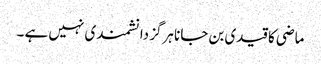
ماضی کا قیدی بن جانا ہرگز دانشمند ی نہیں ہے ۔